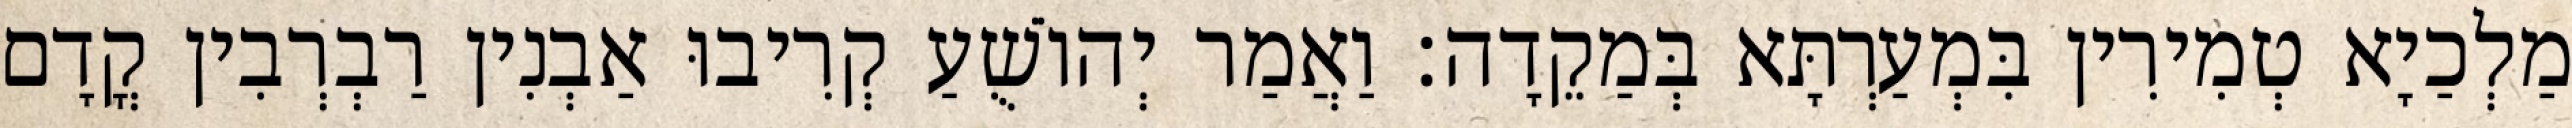
מַלְכַיָא טְמִירִין בִּמְעַרְתָּא בְּמַקֵדָה׃ וַאֲמַר יְהוֹשֻׁעַ קְרִיבוּ אַבְנִין רַבְרְבִין קֳדָם